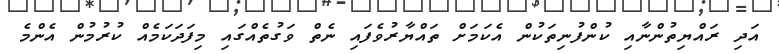
އަދި ރައްޔިތުންނާއި ކުންފުނިތަކުން އެކަމަށް ތައްޔާރުވެފައި ނެތް ވަގުތެއްގައި މިފަދަކަމެއް ކުރުމުން އެންމެ